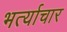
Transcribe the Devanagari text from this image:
भर्त्याचार